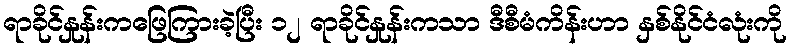
ရာခိုင်နှုန်းကဖြေကြားခဲ့ပြီး ၁၂ ရာခိုင်နှုန်းကသာ ဒီစီမံကိန်းဟာ နှစ်နိုင်ငံလုံးကို